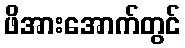
ဖိအားအောက်တွင်